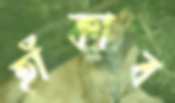
হাঁকাব